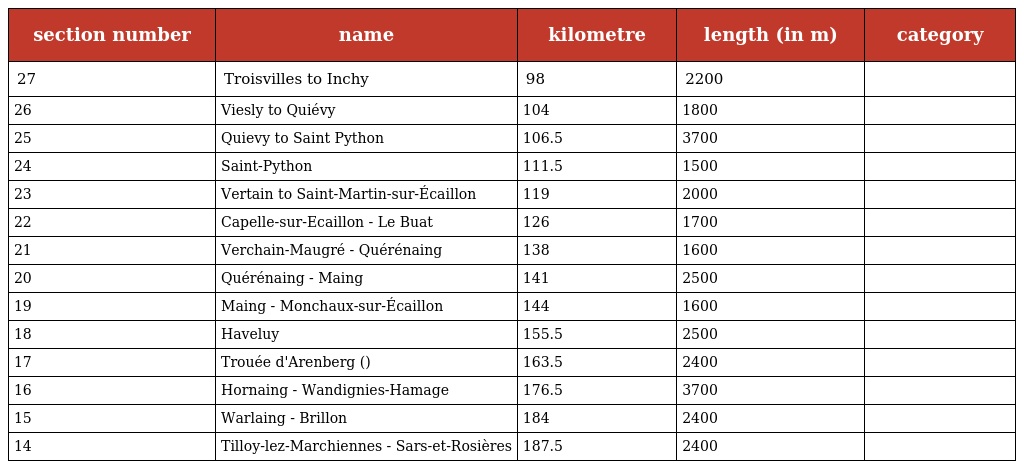
| section number | name | kilometre | length (in m) | category |
 | --- | --- | --- | --- | --- |
 | 27 | Troisvilles to Inchy | 98 | 2200 |  |
 | 26 | Viesly to Quiévy | 104 | 1800 |  |
 | 25 | Quievy to Saint Python | 106.5 | 3700 |  |
 | 24 | Saint-Python | 111.5 | 1500 |  |
 | 23 | Vertain to Saint-Martin-sur-Écaillon | 119 | 2000 |  |
 | 22 | Capelle-sur-Ecaillon - Le Buat | 126 | 1700 |  |
 | 21 | Verchain-Maugré - Quérénaing | 138 | 1600 |  |
 | 20 | Quérénaing - Maing | 141 | 2500 |  |
 | 19 | Maing - Monchaux-sur-Écaillon | 144 | 1600 |  |
 | 18 | Haveluy | 155.5 | 2500 |  |
 | 17 | Trouée d'Arenberg () | 163.5 | 2400 |  |
 | 16 | Hornaing - Wandignies-Hamage | 176.5 | 3700 |  |
 | 15 | Warlaing - Brillon | 184 | 2400 |  |
 | 14 | Tilloy-lez-Marchiennes - Sars-et-Rosières | 187.5 | 2400 |  |